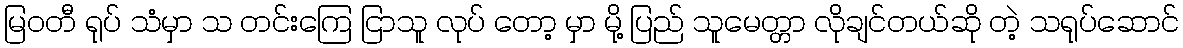
မြဝတီ ရုပ် သံမှာ သ တင်းကြေ ငြာသူ လုပ် တော့ မှာ မို့ ပြည် သူမေတ္တာ လိုချင်တယ်ဆို တဲ့ သရုပ်ဆောင်